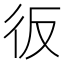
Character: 𢓉